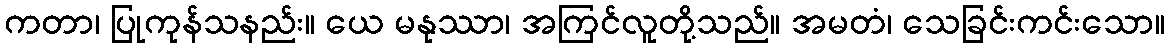
ကတာ၊ ပြုကုန်သနည်း။ ယေ မနုဿာ၊ အကြင်လူတို့သည်။ အမတံ၊ သေခြင်းကင်းသော။